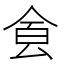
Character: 𩚀